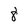
Character: 8